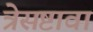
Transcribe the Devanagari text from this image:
त्रेसष्टावा